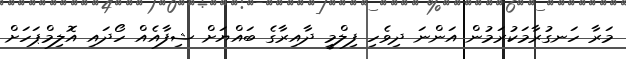
މަރާ ހަނގުރާމަކުރަމުން އަންނަ ދިވެހި ފިލްމީ ދާއިރާގެ ބައްޔަށް ޝިފާއެއް ހޯދައި އޮލިމްޕަހަށް